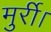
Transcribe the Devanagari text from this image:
मुर्री।